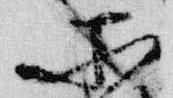
所